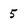
Character: 5